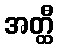
အတ္ထီ